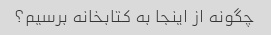
چگونه از اینجا به کتابخانه برسیم؟